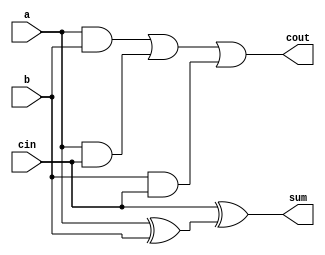
module full_adder(a,b,cin,sum,cout);
    input  a,b,cin;
    output  sum,cout;
    //wire xor1, and1,and2,and3;

    //xor (xor1, a, b);
    //xor (sum, xor1, cin);
   // and (and1, a, b);
    //and (and2, a, cin);
    //and (and3, cin, b);
   // or  (cout, and1, and2, and3);
	assign sum = (cin ^ (a ^ b));
	assign cout = ((a & b) | (a & cin) | (b & cin));
		   
endmodule